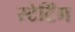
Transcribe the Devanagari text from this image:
स्टेटिंग